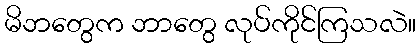
မိဘတွေက ဘာတွေ လုပ်ကိုင်ကြသလဲ။